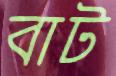
বাট